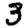
Digit: 3